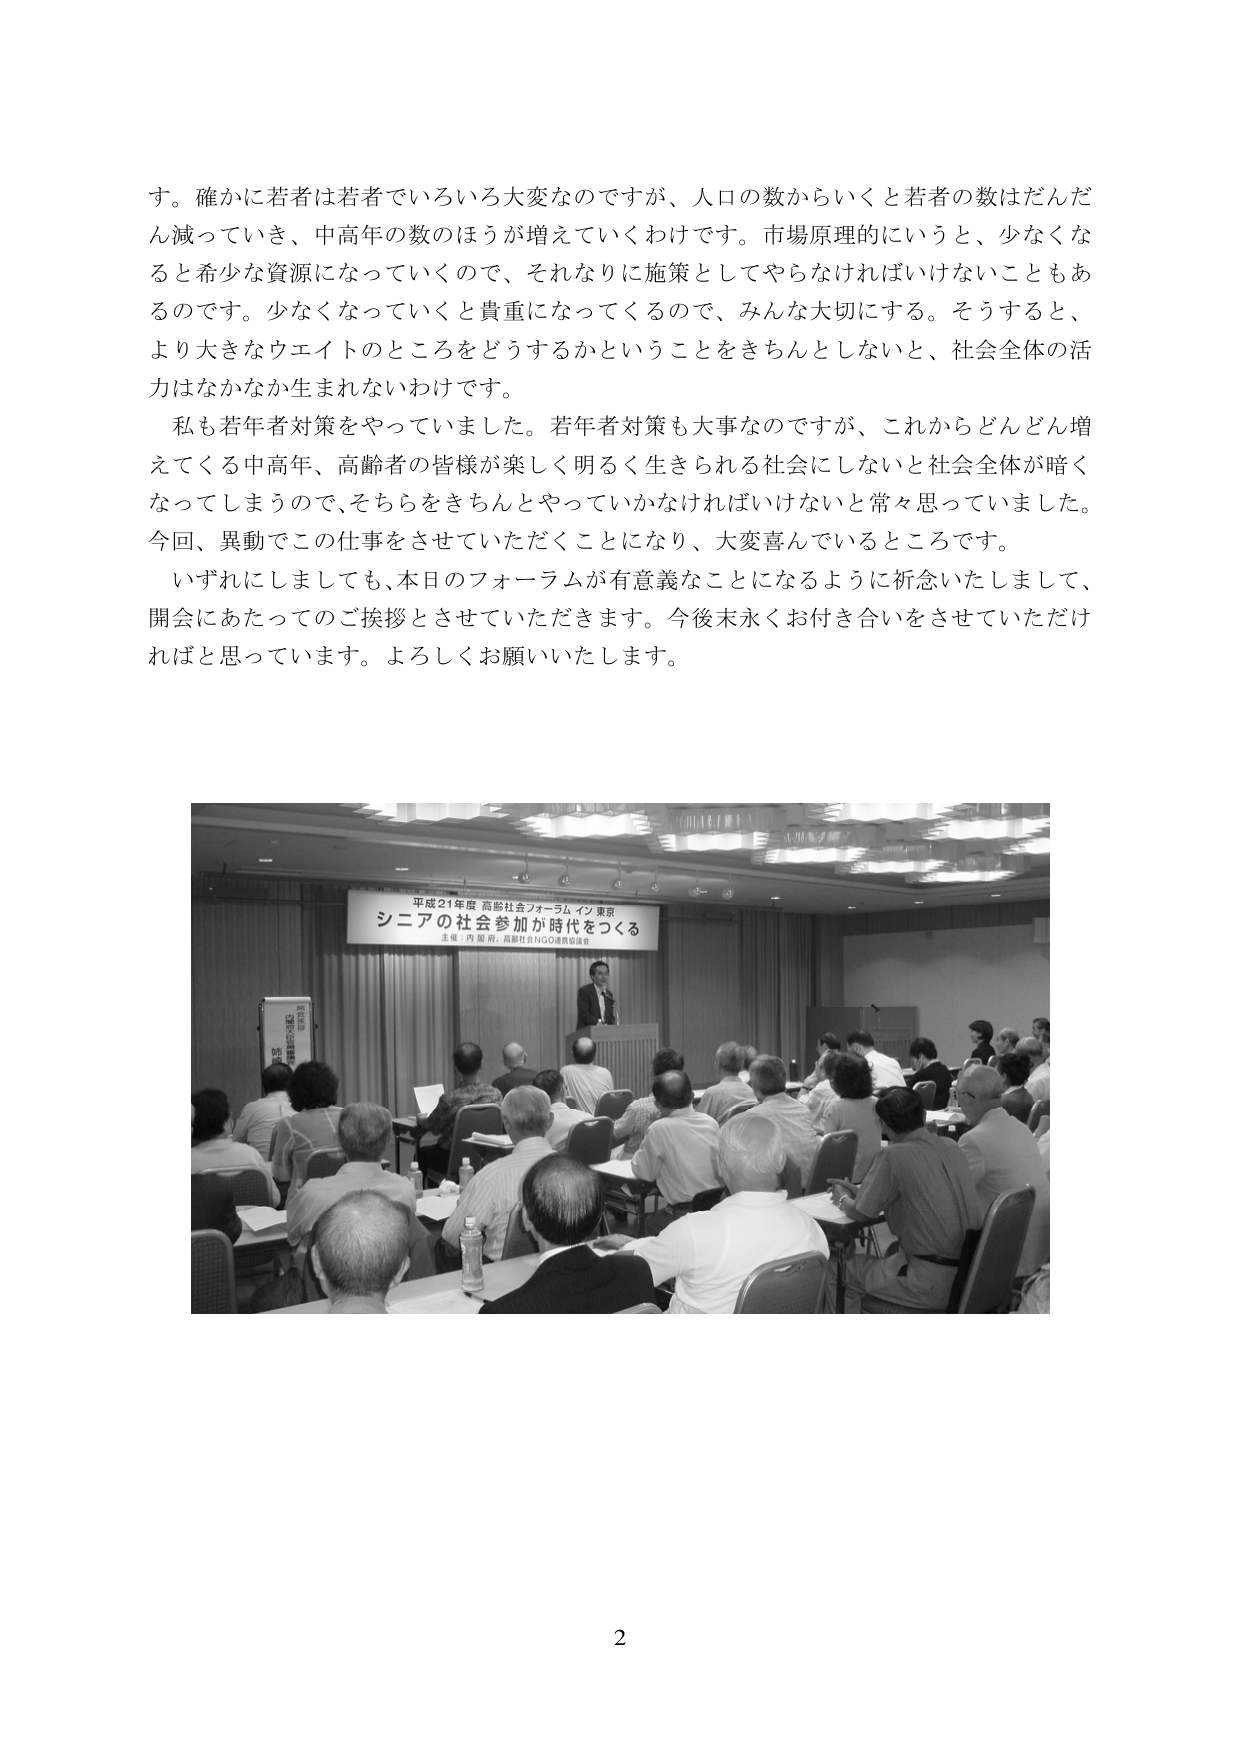
す。確かに若者は若者でいろいろ大変なのですが、人口の数からいくと若者の数はだんだん減っていき、中高年の数のほうが増えていくわけです。市場原理的にいうと、少なくな ると希少な資源になっていくので、それなりに施策としてやらなければいけないこともあります。少なくなっていくと貴重になってくるので、みんな大切にする。そうすると、 より大きなウエイトのところをどうするかということをきちんとしないと、社会全体の活力はなかなか生まれないわけです。

私も若年者対策をやっていました。若年者対策も大事なのですが、これからどんどん増えてくる中高年、高齢者の皆様が楽しく明るく生きられる社会にしないと社会全体が暗くなってしまうので、そちらをきちんとやっていかなければならないと常々思っていました。今回、異動でこの仕事をさせていただくことになり、大変喜んでいるところです。

いずれにしましても、本日のフォーラムが有意義なものになるように祈念いたしまして、開会にあたってのご挨拶とさせていただきます。今後末永くお付き合いをさせていただければと思っています。よろしくお願いいたします。

平成21年度 高齢社会フォーラム イン 東京
シニアの社会参加が時代をつくる
主催：内閣府・高齢社会NGO連携協議会

2